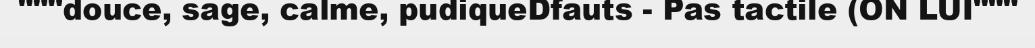
"""douce, sage, calme, pudiqueDfauts - Pas tactile (ON LUI"""